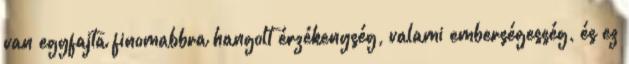
van egyfajta finomabbra hangolt érzékenység, valami emberségesség, és ez